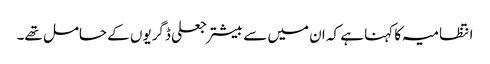
انتظامیہ کا کہنا ہے کہ ان میں سے بیشتر جعلی ڈگریوں کے حامل تھے۔